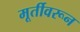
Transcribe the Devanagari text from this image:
मूर्तीवरून